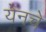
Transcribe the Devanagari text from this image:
येनचे